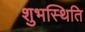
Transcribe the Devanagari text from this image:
शुभस्थिति